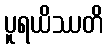
ပူရယိဿတိ